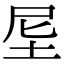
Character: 𡊴